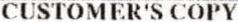
CUSTOMER'S COPY